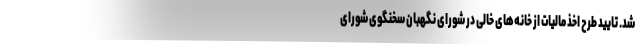
شد. تایید طرح اخذ مالیات از خانه‌های خالی در شورای نگهبان سخنگوی شورای